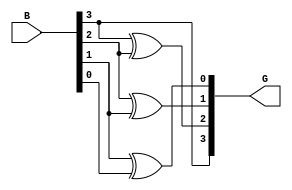
`timescale 1ns / 1ps
//////////////////////////////////////////////////////////////////////////////////
// Company: 
// Engineer: 
// 
// Design Name: 
// Module Name:    binarytogray 
// Project Name: 
// Target Devices: 
// Tool versions: 
// Description: 
//
// Dependencies: 
//
// Revision: 
// Revision 0.01 - File Created
// Additional Comments: 
//
//////////////////////////////////////////////////////////////////////////////////
module binarytogray(B,G);
input[3:0] B;
output[3:0] G;

assign G[3] = B[3];
xor(G[2],B[3],B[2]);
xor(G[1],B[2],B[1]);
xor(G[0],B[1],B[0]);
endmodule